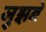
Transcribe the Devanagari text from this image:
जुझने